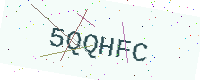
Text: 5QQHFC